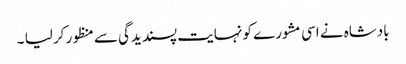
بادشاہ نے اسی مشورے کو نہایت پسندیدگی سے منظور کر لیا ۔